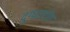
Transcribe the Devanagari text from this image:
दुग्धउद्योग